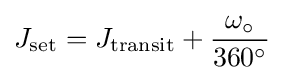
J_{\text{set}}=J_{\text{transit}}+{\dfrac {\omega _{\circ }}{360^{\circ }}}